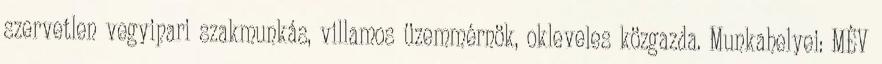
szervetlen vegyipari szakmunkás, villamos üzemmérnök, okleveles közgazda. Munkahelyei: MÉV